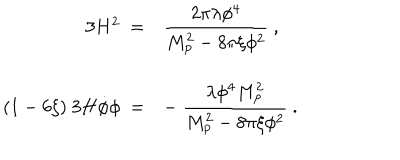
\begin{array} { r l } { { 3 H ^ { 2 } \ = } } & { { { \displaystyle { \frac { 2 \pi \lambda \phi ^ { 4 } } { M _ { \mathrm { p } } ^ { 2 } - 8 \pi \xi \phi ^ { 2 } } } \ , } } } \\ { { ( 1 - 6 \xi ) \ 3 H \dot { \phi } \phi \ = } } & { { { \displaystyle - \ { \frac { \lambda \phi ^ { 4 } M _ { \mathrm { p } } ^ { 2 } } { M _ { \mathrm { p } } ^ { 2 } - 8 \pi \xi \phi ^ { 2 } } } \ . } } } \\ \end{array}